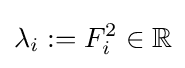
\lambda _{i}:=F_{i}^{2}\in \mathbb {R}